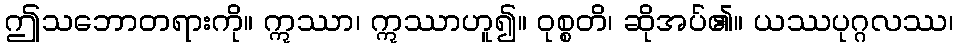
ဤသဘောတရားကို။ ဣဿာ၊ ဣဿာဟူ၍။ ဝုစ္စတိ၊ ဆိုအပ်၏။ ယဿပုဂ္ဂလဿ၊